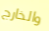
والخارج